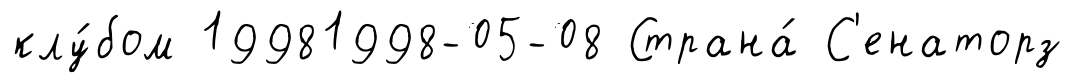
клу́бом 19981998-05-08 Страна́ С'енаторз